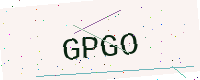
Text: GPGO